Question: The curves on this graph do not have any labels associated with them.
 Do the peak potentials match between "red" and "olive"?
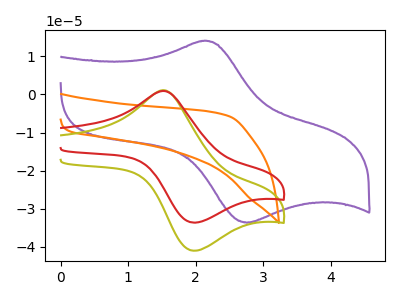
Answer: <think>The purple curve "purple" has an anodic peak at (2.10V, 14.05uA) and a cathodic peak at (2.75V, -33.60uA). The orange curve "orange" has no peaks. The olive curve "olive" has an anodic peak at (1.50V, 1.10uA) and a cathodic peak at (2.00V, -40.95uA). The red curve "red" has an anodic peak at (1.50V, 0.90uA) and a cathodic peak at (2.00V, -33.60uA).</think>
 <answer>Yes, "red" have a peak in "olive" at the same potential.</answer>
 <eval>match</eval>